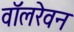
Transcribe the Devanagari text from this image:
वॉलरेवन